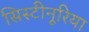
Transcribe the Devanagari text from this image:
सिस्टीनूरिया